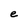
Character: e